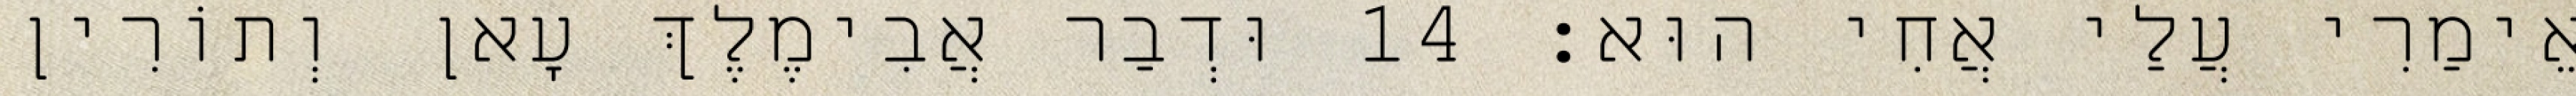
אֵימַרִי עֲלַי אֲחִי הוּא׃ 14 וּדְבַר אֲבִימֶלֶךְ עָאן וְתוֹרִין